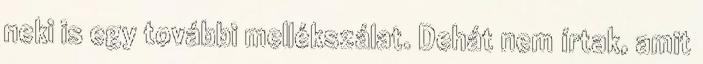
neki is egy további mellékszálat. Dehát nem írtak, amit